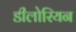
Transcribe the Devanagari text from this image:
डीलोरियन